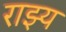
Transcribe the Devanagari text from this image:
राझ्य